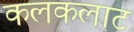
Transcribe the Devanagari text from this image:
कलकलाट